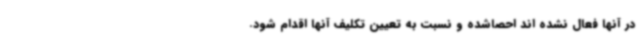
در آنها فعال نشده اند احصاشده و نسبت به تعیین تکلیف آنها اقدام شود.